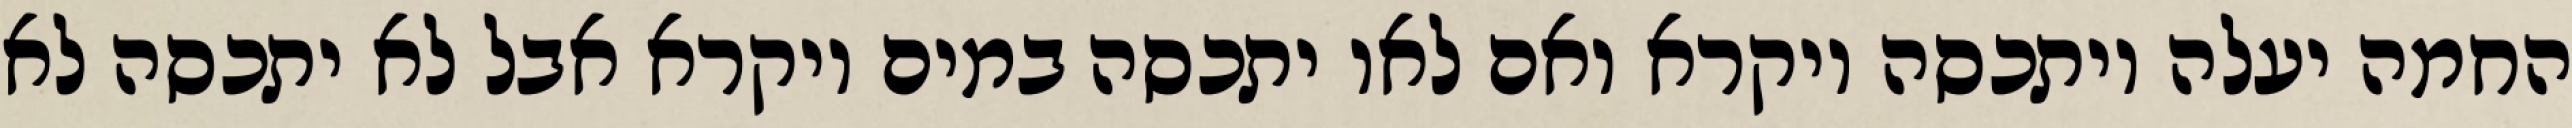
החמה יעלה ויתכסה ויקרא ואם לאו יתכסה במים ויקרא אבל לא יתכסה לא